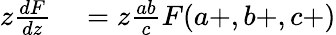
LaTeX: \begin{array}{rl}{z{\frac{dF}{dz}}}&{{}=z{\frac{ab}{c}}F(a+,b+,c+)}\end{array}